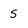
Character: s